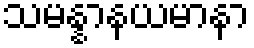
သမန္နာနယမာနာ